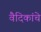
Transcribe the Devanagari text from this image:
वैदिकांचे